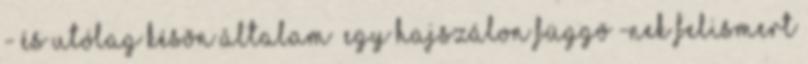
- és utólag késõn általam “egy hajszálon függõ”-nek felismert